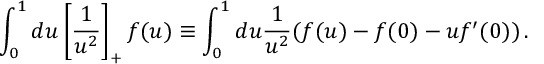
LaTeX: \int _ { 0 } ^ { 1 } d u \left[ \frac { 1 } { u ^ { 2 } } \right] _ { + } f ( u ) \equiv \int _ { 0 } ^ { 1 } d u \frac { 1 } { u ^ { 2 } } ( f ( u ) - f ( 0 ) - u f ^ { \prime } ( 0 ) ) \, .